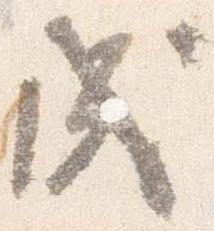
戌